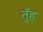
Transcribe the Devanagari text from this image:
तुँह